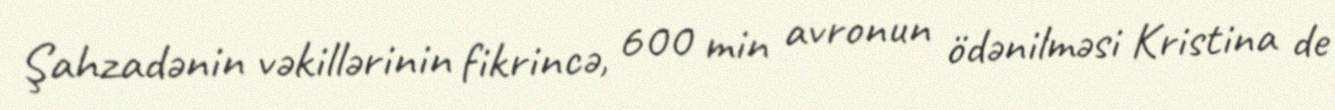
Şahzadənin vəkillərinin fikrincə, 600 min avronun ödənilməsi Kristina de